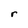
Character: r